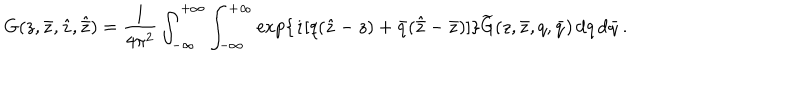
\mathrm { G } ( z , \bar { z } , \hat { z } , \hat { \bar { z } } ) = \frac { 1 } { 4 \pi ^ { 2 } } \int _ { - \infty } ^ { + \infty } \int _ { - \infty } ^ { + \infty } \exp \{ \dot { \imath } [ q ( \hat { z } - z ) + \bar { q } ( \hat { \bar { z } } - \bar { z } ) ] \} \widetilde { \mathrm { G } } ( z , \bar { z } , q , \bar { q } ) \, \mathrm { d } q \, \mathrm { d } \bar { q } \, .